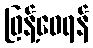
ဖြန့်ဝေရန်